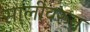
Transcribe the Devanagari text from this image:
सालीवरून